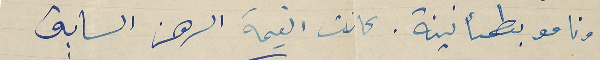
ونامو بطمأنينة. كانت القيمة الرهن السابق